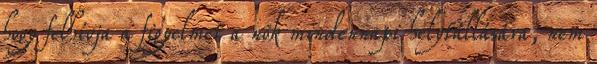
hogy felhívja a figyelmet a nők mindennapi helytállására, nem